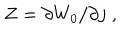
LaTeX: Z = \partial W _ { 0 } / \partial j \; ,